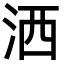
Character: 洒